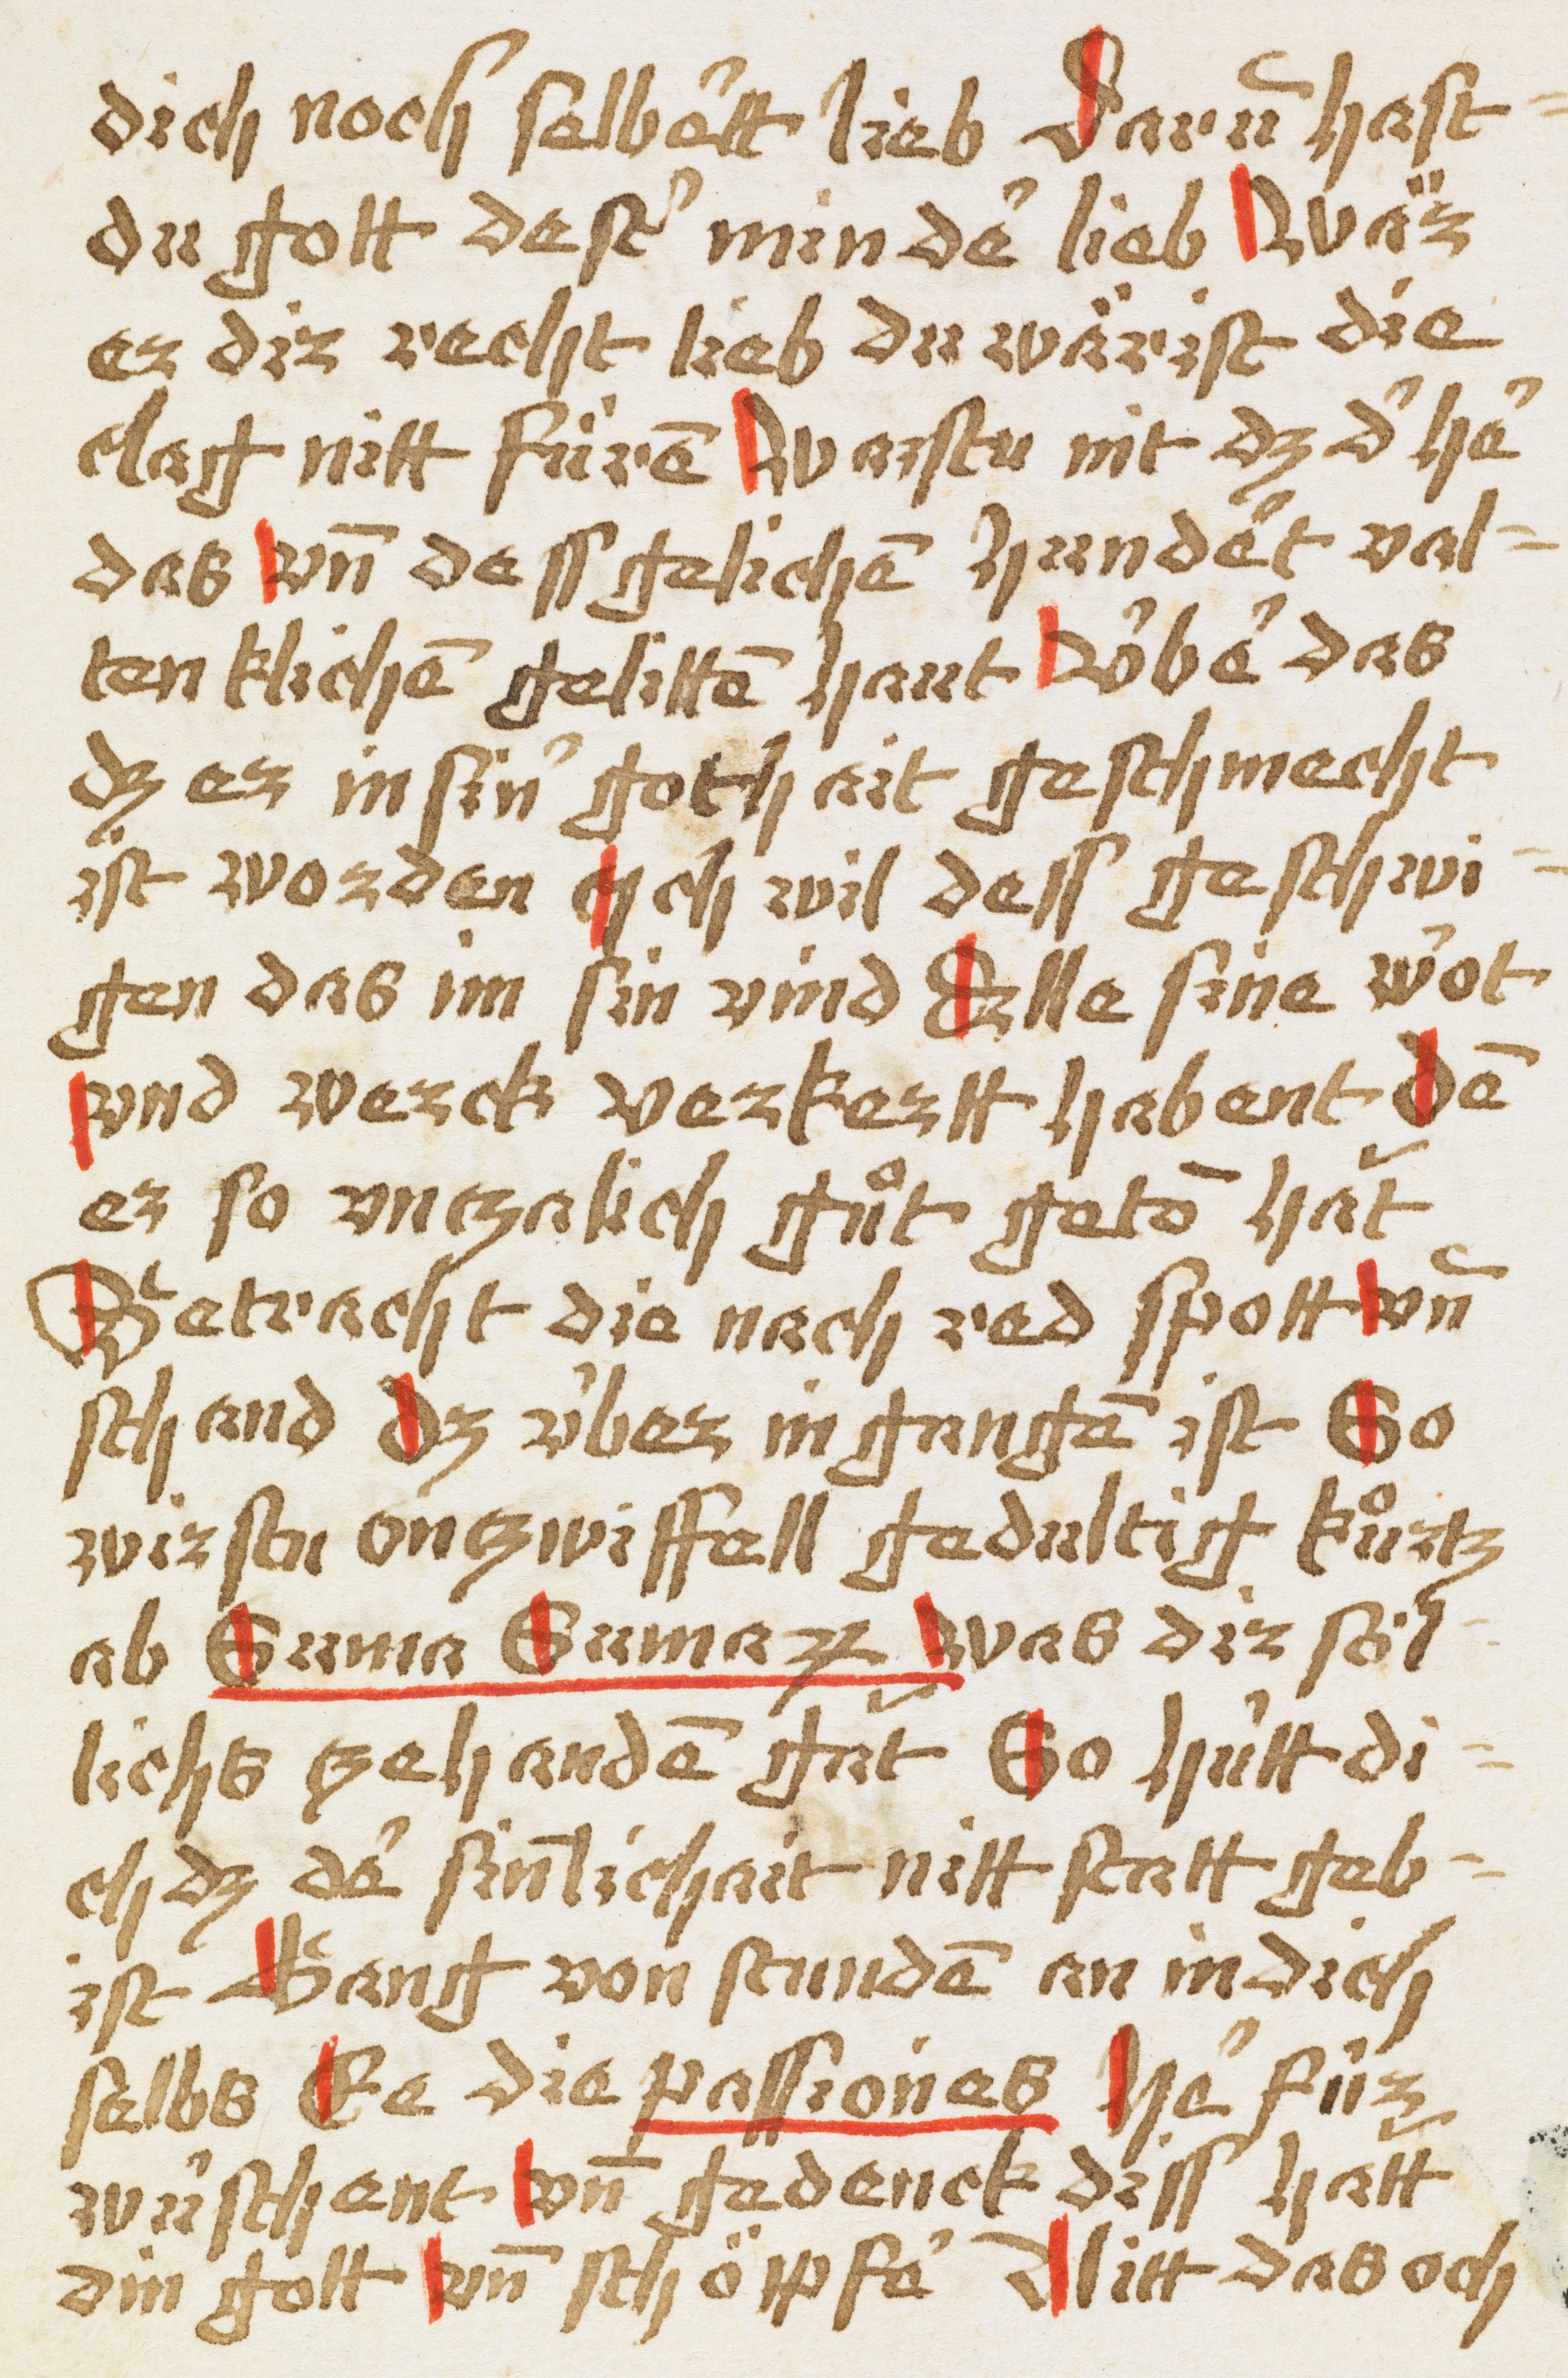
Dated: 1450–1499